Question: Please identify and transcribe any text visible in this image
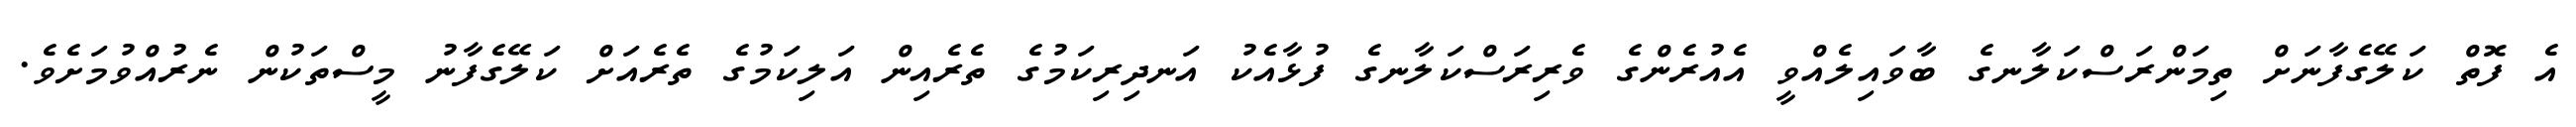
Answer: އެ ފޮތް ކަލޭގެފާނަށް ތިމަންރަސްކަލާނގެ ބާވައިލެއްވީ އެއުރެންގެ ވެރިރަސްކަލާނގެ ފުޅާއެކު އަނދިރިކަމުގެ ތެރެއިން އަލިކަމުގެ ތެރެއަށް ކަލޭގެފާނު މީސްތަކުން ނެރުއްވުމަށެވެ.